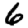
Digit: 6